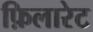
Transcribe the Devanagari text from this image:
फ़िलारेट